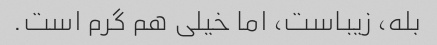
بله، زیباست، اما خیلی هم گرم است.